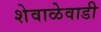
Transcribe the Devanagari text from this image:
शेवाळेवाडी